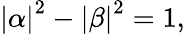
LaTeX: \left|\alpha\right|^{2}-\left|\beta\right|^{2}=1,